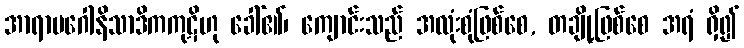
အာရာမဂေါနိသာဒိကကုဋိဟု ခေါ်၏၊ ကျောင်းသည် အလုံးစုံဖြစ်စေ, တချို့ဖြစ်စေ အရံ ရှိ၍